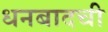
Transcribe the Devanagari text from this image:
धनबादची